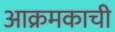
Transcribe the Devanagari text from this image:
आक्रमकाची